Punjab Mental Hospital Lahore 1932-46 - 1932-1946
Year: 1932
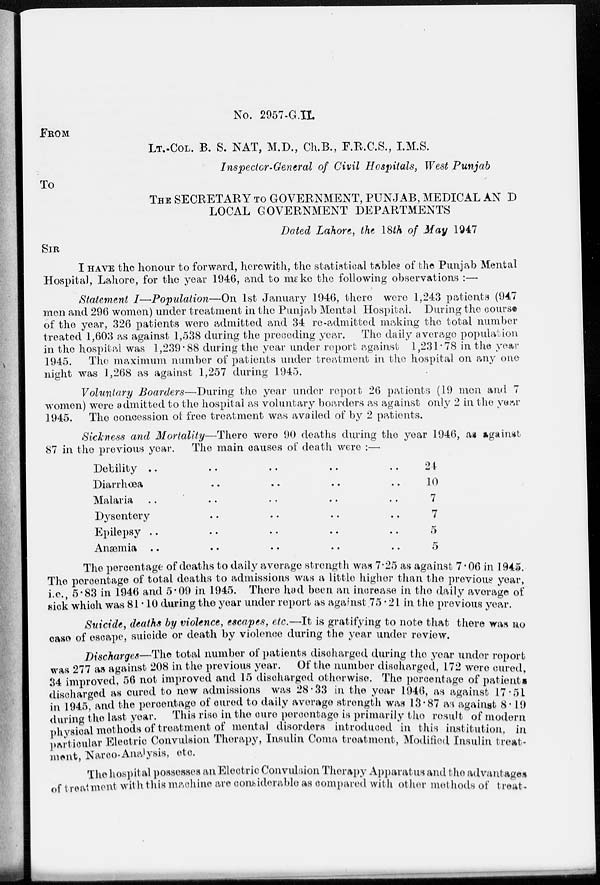
No. 2957-G.II.
FROM
LT.-COL. B. S. NAT, M.D., Ch. B., F.R.C.S., I.M.S.
Inspector-General of Civil Hospitals, West Punjab
To
THE SECRETARY TO GOVERNMENT, PUNJAB, MEDICAL AND
LOCAL GOVERNMENT DEPARTMENTS
Dated Lahore, the 18th of May 1947
SIR
I HAVE the honour to forward, herewith, the statistical tables of the Punjab Mental
Hospital, Lahore, for the year 1946, and to make the following observations :—
Statement I—Population—On 1st January 1946, there were 1,243 patients (947
men and 296 women) under treatment in the Punjab Mental Hospital. During the course
of the year, 326 patients were admitted and 34 re-admitted making the total number
treated 1,603 as against 1,538 during the preceding year. The daily average population
in the hospital was 1,239.88 during the year under report against 1,231.78 in the year
1945. The maximum number of patients under treatment in the hospital on any one
night was 1,268 as against 1,257 during 1945.
Voluntary Boarders—During the year under report 26 patients (19 men and 7
women) were admitted to the hospital as voluntary boarders as against only 2 in the year
1945. The concession of free treatment was availed of by 2 patients.
Sickness and Mortality—There were 90 deaths during the year 1946, as against
87 in the previous year.
The main causes of death were :—
Debility .. .. .. .. ..
Diarrhœa .. .. .. .. ..
Malaria
..
..
..
..
..
Dysentery .. .. .. .. ..
Epilepsy .. .. .. .. ..
Anæmia .. .. .. .. ..
24
10
7
7
5
5
The percentage of deaths to daily average strength was 7.25 as against 7.06 in 1945.
The percentage of total deaths to admissions was a little higher than the previous year,
i.e., 5.83 in 1946 and 5.09 in 1945. There had been an increase in the daily average of
sick which was 81.10 during the year under report as against 75.21 in the previous year.
Suicide, deaths by violence, escapes, etc.—It is gratifying to note that there was no
case of escape, suicide or death by violence during the year under review.
Discharges—The total number of patients discharged during the year under report
was 277 as against 208 in the previous year. Of the number discharged, 172 were cured,
34 improved, 56 not improved and 15 discharged otherwise. The percentage of patients
discharged as cured to new admissions was 28.33 in the year 1946, as against 17.51
in 1945, and the percentage of cured to daily average strength was 13.87 as against 8.19
during the last year. This rise in the cure percentage is primarily the result of modern
physical methods of treatment of mental disorders introduced in this institution, in
particular Electric Convulsion Therapy, Insulin Coma treatment, Modified Insulin treat-
ment, Narco-Analysis, etc.
The hospital possesses an Electric Convulsion Therapy Apparatus and the advantages
of treatment with this machine are considerable as compared with other methods of treat-